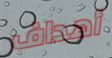
أهداف